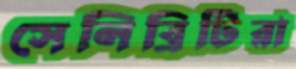
সেলিব্রিটিরা